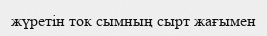
жүретін ток сымның сырт жағымен